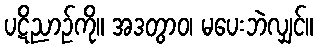
ပဋိညာဉ်ကို။ အဒတွာဝ၊ မပေးဘဲလျှင်။